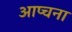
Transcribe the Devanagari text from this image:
आप्चना